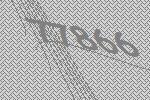
77866